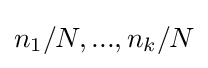
n_{1}/N,...,n_{k}/N